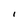
Character: I